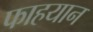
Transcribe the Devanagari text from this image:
फाहयान